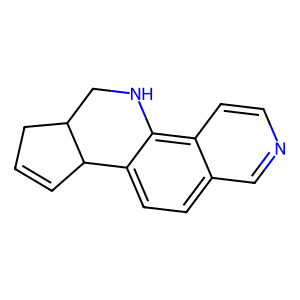
SMILES: C1=CC2c3ccc4cnccc4c3NCC2C1
Inhibits HIV replication: No